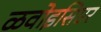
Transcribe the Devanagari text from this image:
ळवोइसिएर